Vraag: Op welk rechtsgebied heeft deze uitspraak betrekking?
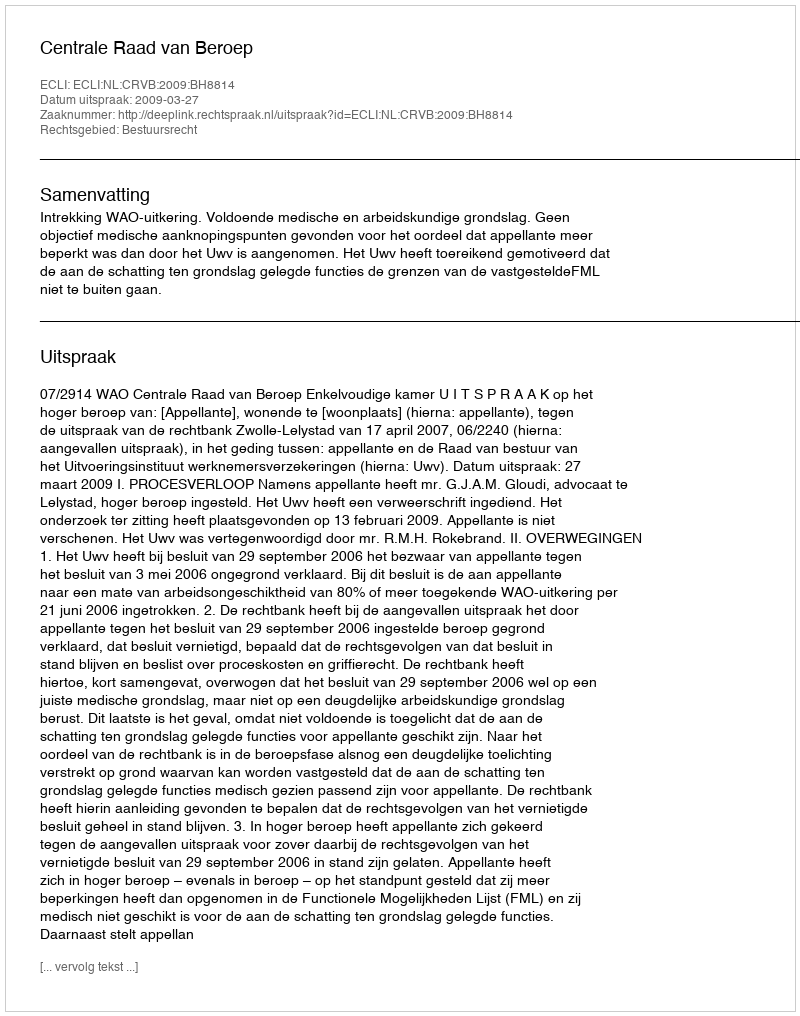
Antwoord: Bestuursrecht